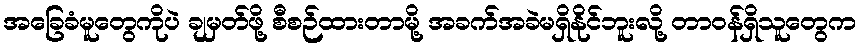
အခြေခံမူတွေကိုပဲ ချမှတ်ဖို့ စီစဉ်ထားတာမို့ အခက်အခဲမရှိနိုင်ဘူးလို့ တာဝန်ရှိသူတွေက